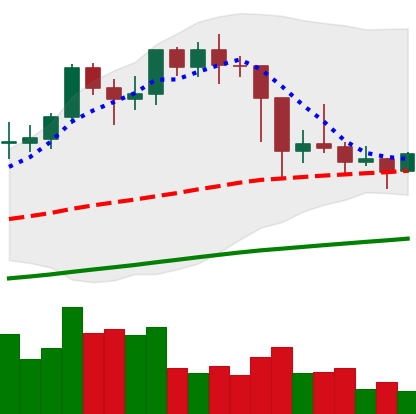
Ticker: LTC-USD
Chart end date: 2021-03-01
Forward return: 4.419%
Label: up_3_5